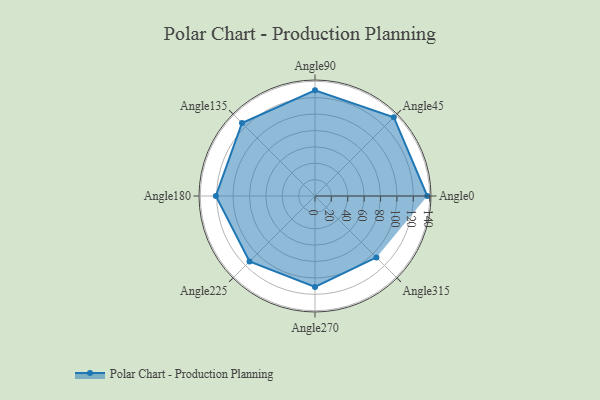
{"axis": {"x": "Angle", "y": "Radius"}, "legend": [""], "data": [{"x": "Angle0", "y": 137.0, "type": ""}, {"x": "Angle45", "y": 136.0, "type": ""}, {"x": "Angle90", "y": 129.0, "type": ""}, {"x": "Angle135", "y": 126.0, "type": ""}, {"x": "Angle180", "y": 121.0, "type": ""}, {"x": "Angle225", "y": 113.0, "type": ""}, {"x": "Angle270", "y": 111.0, "type": ""}, {"x": "Angle315", "y": 106.0, "type": ""}]}